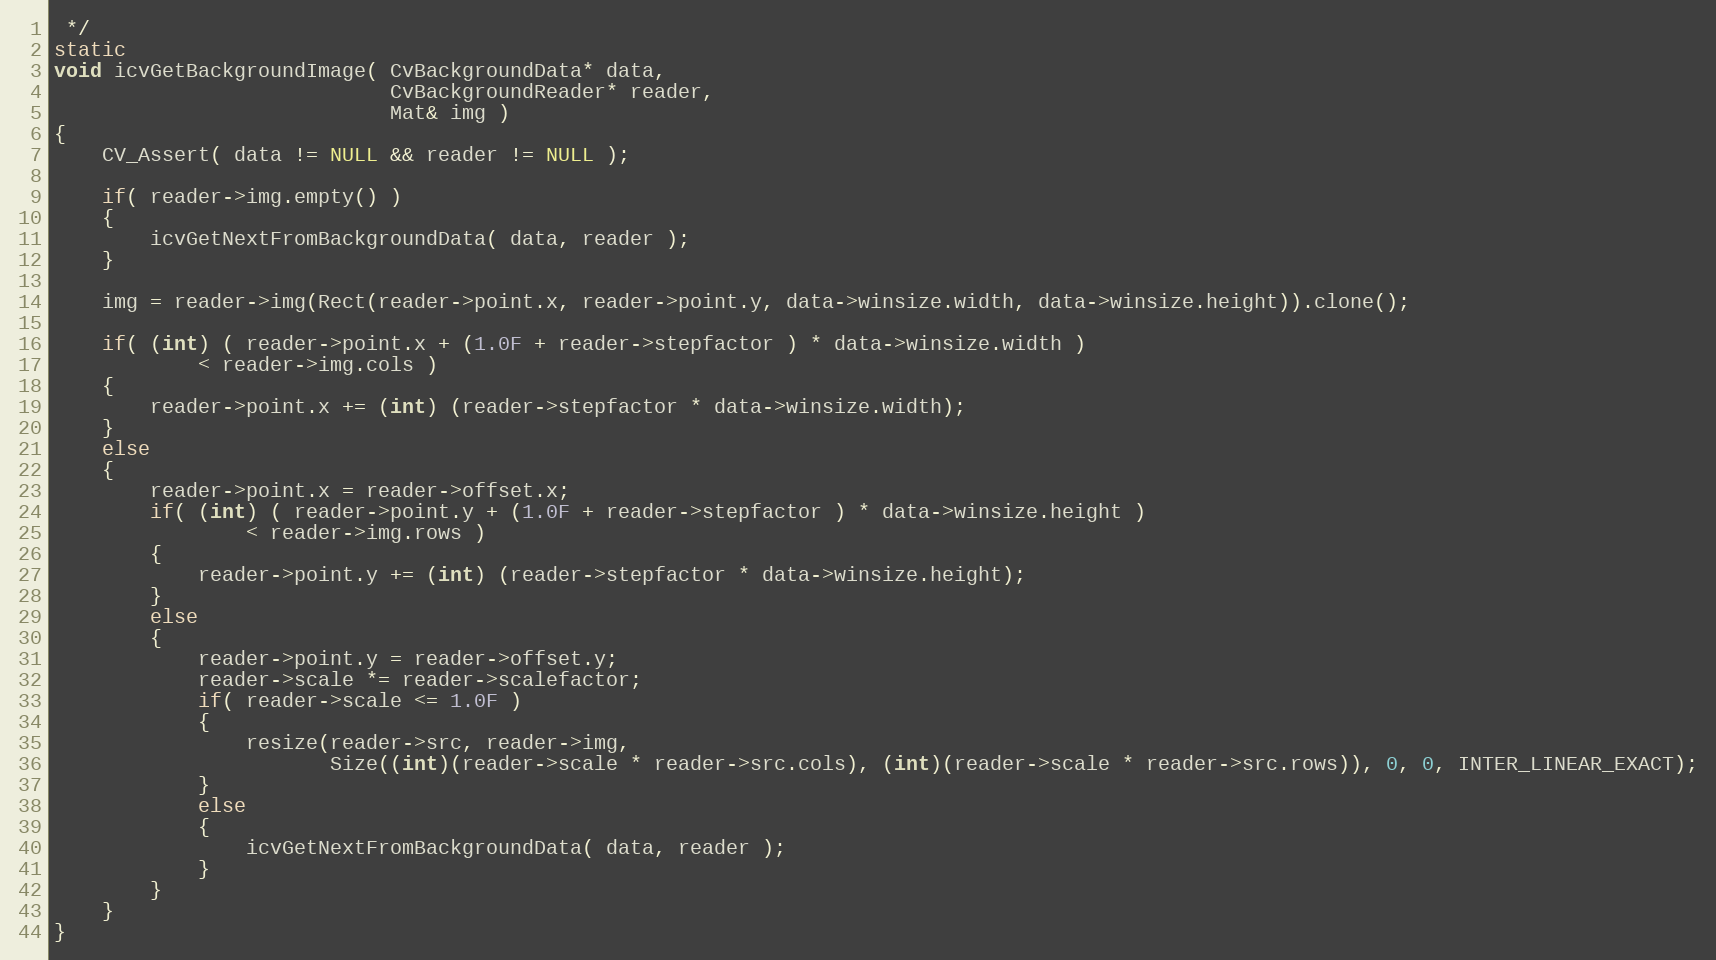
Language: C++
 */
static
void icvGetBackgroundImage( CvBackgroundData* data,
                            CvBackgroundReader* reader,
                            Mat& img )
{
    CV_Assert( data != NULL && reader != NULL );

    if( reader->img.empty() )
    {
        icvGetNextFromBackgroundData( data, reader );
    }

    img = reader->img(Rect(reader->point.x, reader->point.y, data->winsize.width, data->winsize.height)).clone();

    if( (int) ( reader->point.x + (1.0F + reader->stepfactor ) * data->winsize.width )
            < reader->img.cols )
    {
        reader->point.x += (int) (reader->stepfactor * data->winsize.width);
    }
    else
    {
        reader->point.x = reader->offset.x;
        if( (int) ( reader->point.y + (1.0F + reader->stepfactor ) * data->winsize.height )
                < reader->img.rows )
        {
            reader->point.y += (int) (reader->stepfactor * data->winsize.height);
        }
        else
        {
            reader->point.y = reader->offset.y;
            reader->scale *= reader->scalefactor;
            if( reader->scale <= 1.0F )
            {
                resize(reader->src, reader->img,
                       Size((int)(reader->scale * reader->src.cols), (int)(reader->scale * reader->src.rows)), 0, 0, INTER_LINEAR_EXACT);
            }
            else
            {
                icvGetNextFromBackgroundData( data, reader );
            }
        }
    }
}